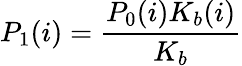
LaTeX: P_{1}(i)=\frac{P_{0}(i)K_{b}(i)}{K_{b}}